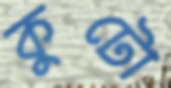
কুটো